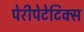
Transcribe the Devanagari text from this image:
पेरीपेटेटिक्स